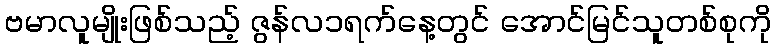
ဗမာလူမျိုးဖြစ်သည့် ဇွန်လ၁ရက်နေ့တွင် အောင်မြင်သူတစ်စုကို